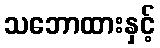
သဘောထားနှင့်